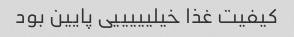
کیفیت غذا خیلیییییی پایین بود